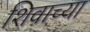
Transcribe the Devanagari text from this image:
शिवाच्या